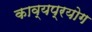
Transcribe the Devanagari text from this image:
काव्यप्रयोग